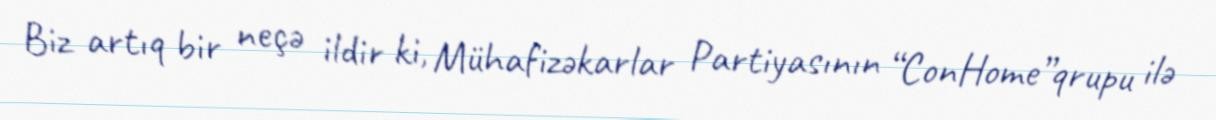
Biz artıq bir neçə ildir ki, Mühafizəkarlar Partiyasının “ConHome”qrupu ilə